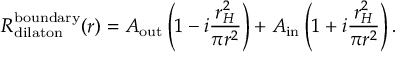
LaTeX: R _ { \mathrm { d i l a t o n } } ^ { \mathrm { b o u n d a r y } } ( r ) = A _ { \mathrm { o u t } } \left( 1 - i \frac { r _ { H } ^ { 2 } } { \pi r ^ { 2 } } \right) + A _ { \mathrm { i n } } \left( 1 + i \frac { r _ { H } ^ { 2 } } { \pi r ^ { 2 } } \right) .